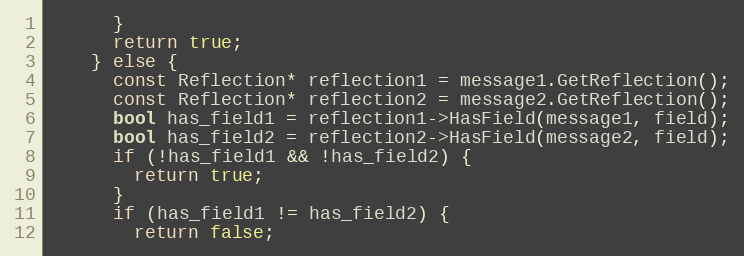
Language: C++
      }
      return true;
    } else {
      const Reflection* reflection1 = message1.GetReflection();
      const Reflection* reflection2 = message2.GetReflection();
      bool has_field1 = reflection1->HasField(message1, field);
      bool has_field2 = reflection2->HasField(message2, field);
      if (!has_field1 && !has_field2) {
        return true;
      }
      if (has_field1 != has_field2) {
        return false;